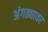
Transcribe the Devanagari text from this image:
अंगठ्यावर